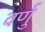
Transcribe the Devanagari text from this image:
वर्णु